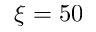
\xi = 5 0